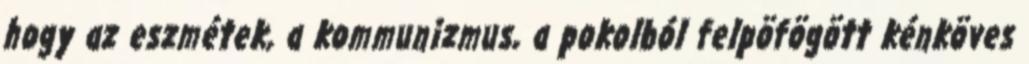
hogy az eszmétek, a kommunizmus, a pokolból felpöfögött kénköves